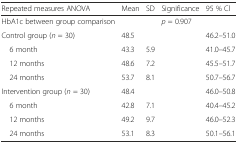
| Repeated measures ANOVA | Mean | SD | Significance | 95 % Cl |
 | --- | --- | --- | --- | --- |
 | HbA1c between group comparison |  |  | p = 0.907 |  |
 | Control group (n = 30) | 48.5 |  |  | 46.2–51.0 |
 | 6 month | 43.3 | 5.9 |  | 41.0–45.7 |
 | 12 months | 48.6 | 7.2 |  | 45.5–51.7 |
 | 24 months | 53.7 | 8.1 |  | 50.7–56.7 |
 | Intervention group (n = 30) | 48.4 |  |  | 46.0–50.8 |
 | 6 month | 42.8 | 7.1 |  | 40.4–45.2 |
 | 12 months | 49.2 | 9.7 |  | 46.0–52.3 |
 | 24 months | 53.1 | 8.3 |  | 50.1–56.1 |